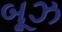
બૂઝ